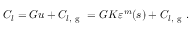
C _ { l } = G u + C _ { l , \mathrm { ~ g ~ } } = G K \varepsilon ^ { m } ( s ) + C _ { l , \mathrm { ~ g ~ } } .